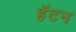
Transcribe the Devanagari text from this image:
हॅटन